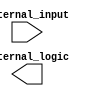
module IO_buffer (
    input wire external_input,
    output reg internal_logic
);

reg [7:0] data_reg;
wire voltage_level_control;

assign internal_logic = data_reg[0];
assign voltage_level_control = external_input;

always @ (posedge external_input or negedge internal_logic) begin
    // multiplexing and level shifting logic here
end

endmodule